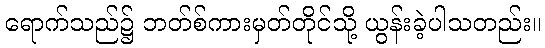
ရောက်သည်၌ ဘတ်စ်ကားမှတ်တိုင်သို့ ယွန်းခဲ့ပါသတည်း။